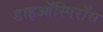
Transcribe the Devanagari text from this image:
डाइऑस्पिरॉस